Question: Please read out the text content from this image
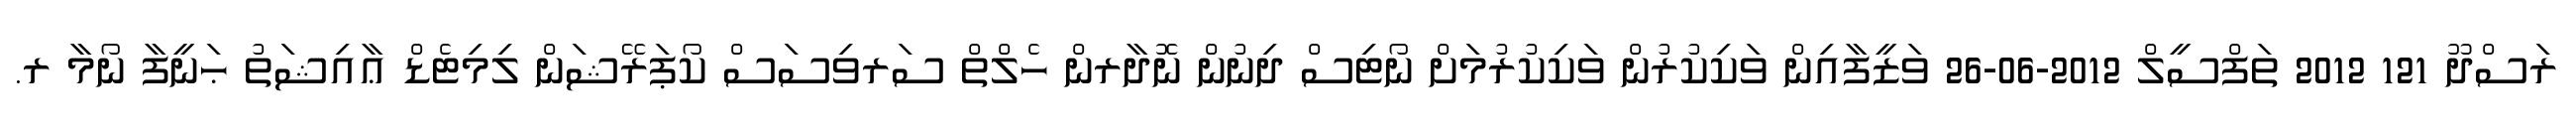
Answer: ރަސްދޫ 121 2012 ތަފްސީލް 2012-06-26 ވަޒީފާއިން ވަކިކުރުން ވަކިކުރުމަށް ނޯޓިސް ދިނުން ނޮދާރން ހެލްތް ސަރވިސަސް ކޯޕަރޭޝަން ލިމިޓެޑް ޢާއިޝަތު ޙަނީފާ ނޯމާ ރ.